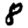
Digit: 8